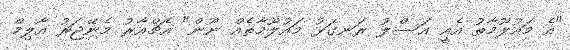
"އެ މައުލޫމާތު އެއީ އަސްލު ރަނގަޅު މައުލޫމާތެއް ނޫން" އެޗްއާރު މެނޭޖަރު އާލިމް